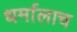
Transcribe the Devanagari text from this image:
धर्मालाच